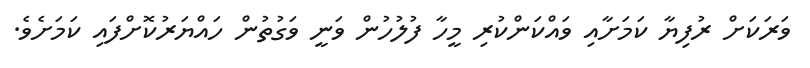
ވަރަކަށް ރުފިޔާ ކަމަށާއި ވައްކަންކުރި މީހާ ފުލުހުން ވަނީ ވަގުތުން ހައްޔަރުކޮށްފައި ކަމަށެވެ.